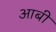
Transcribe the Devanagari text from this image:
आबी